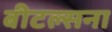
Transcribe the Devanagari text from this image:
बीटल्सना